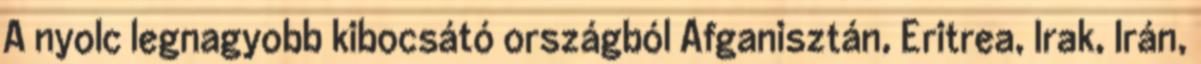
A nyolc legnagyobb kibocsátó országból Afganisztán, Eritrea, Irak, Irán,